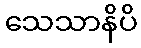
သေသာနိပိ